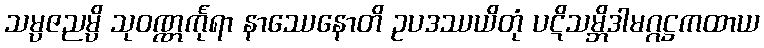
သမ္ပဇညမ္ပိ သုဝဏ္ဏင်္ကုရာ နာဿေနောတိ ဥပဒဿယိတုံ ပဋိသမ္ဘိဒါမဂ္ဂဋ္ဌကထာယ